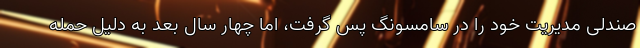
صندلی مدیریت خود را در سامسونگ پس گرفت، اما چهار سال بعد به دلیل حمله